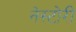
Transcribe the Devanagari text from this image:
नेस्टोरी